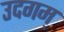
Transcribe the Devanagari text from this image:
उदगम्